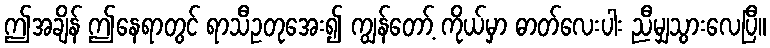
ဤအချိန် ဤနေရာတွင် ရာသီဥတုအေး၍ ကျွန်တော့် ကိုယ်မှာ ဓာတ်လေးပါး ညီမျှသွားလေပြီ။